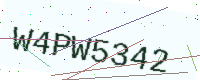
Text: W4PW5342